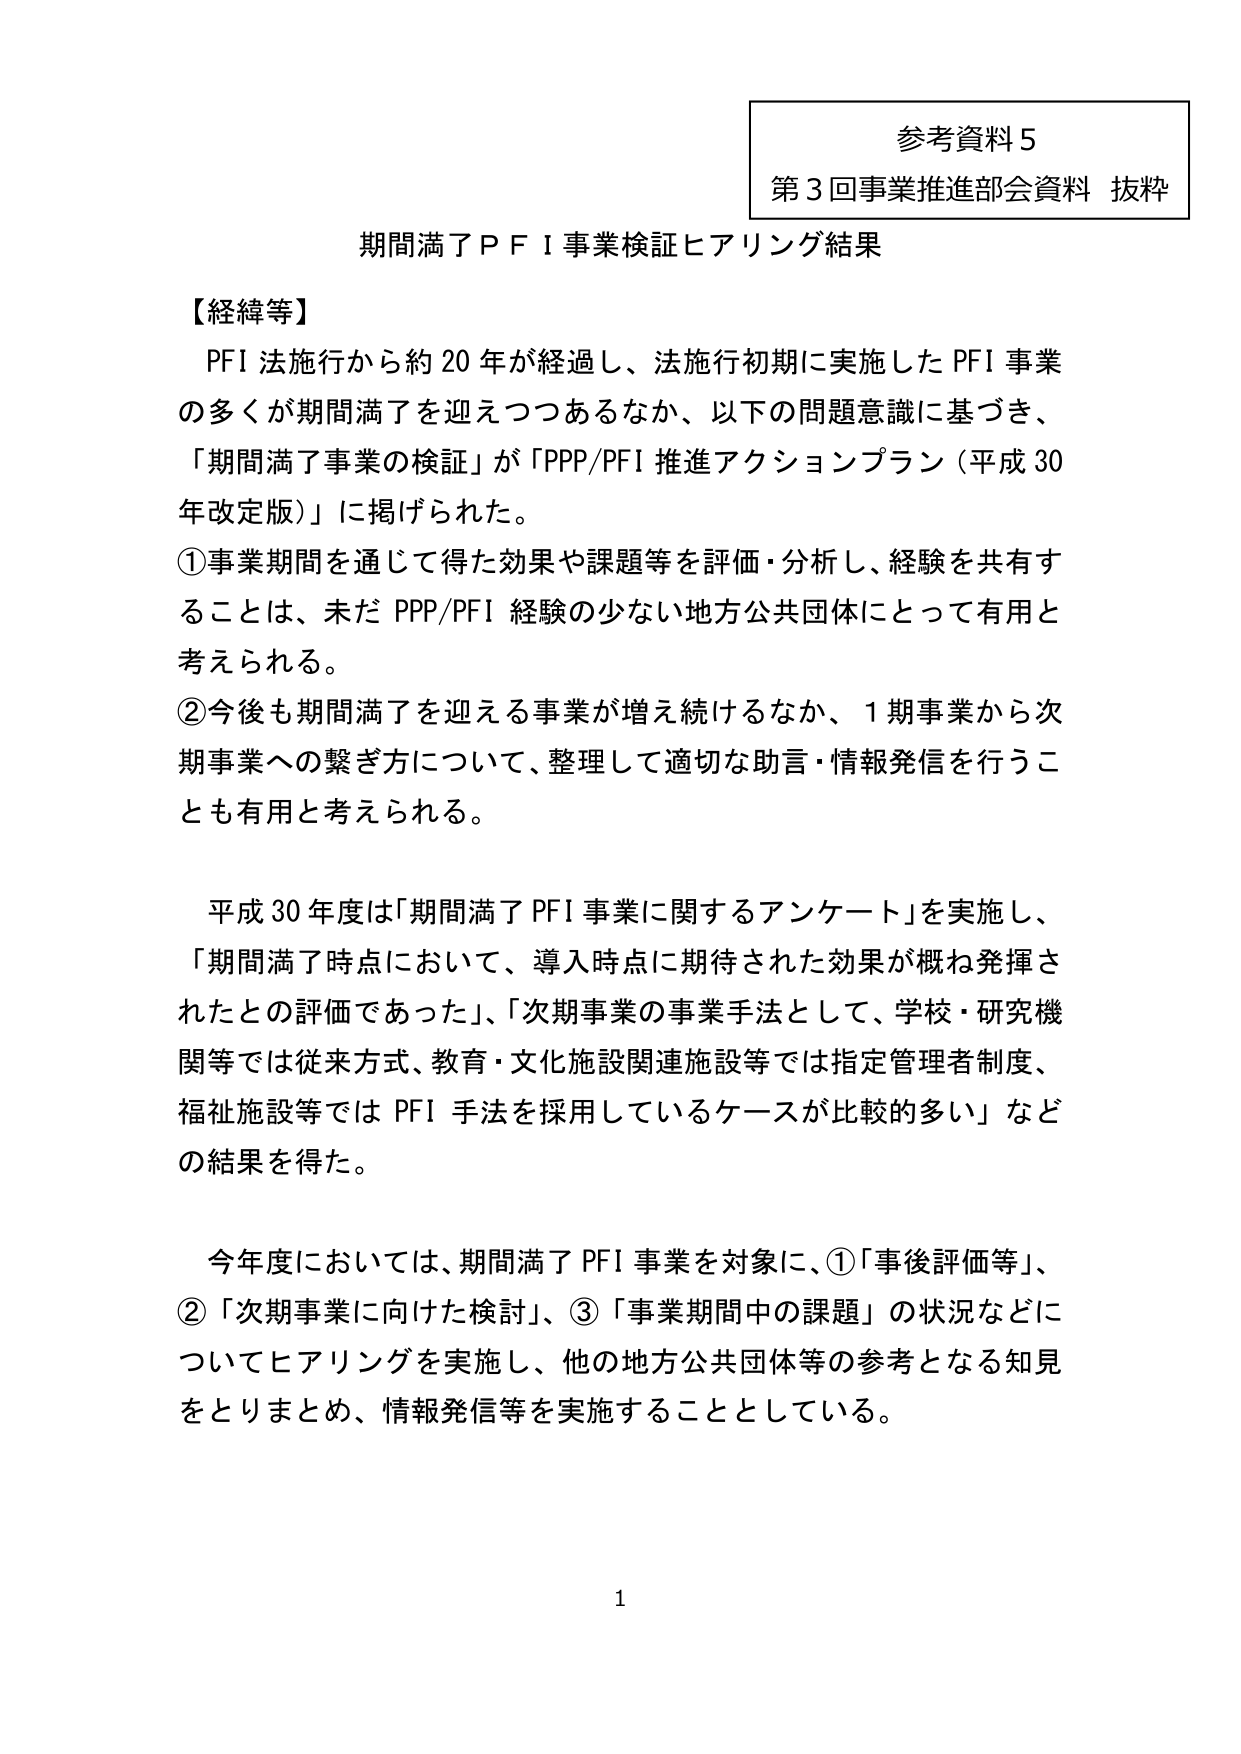
参考資料５
第３回事業推進部会資料 抜粋

期間満了ＰＦＩ事業検証ヒアリング結果

【経緯等】
ＰＦＩ法施行から約２０年が経過し、法施行初期に実施したＰＦＩ事業の多くが期間満了を迎えつつあるなか、以下の問題意識に基づき、「期間満了事業の検証」が「ＰＰＰ／ＰＦＩ推進アクションプラン（平成３０年改定版）」に掲げられた。
①事業期間を通じて得た効果や課題等を評価・分析し、経験を共有することは、未だＰＰＰ／ＰＦＩ経験の少ない地方公共団体にとって有用と考えられる。
②今後も期間満了を迎える事業が増え続けるなか、１期事業から次期事業への繋ぎ方について、整理して適切な助言・情報発信を行うことも有用と考えられる。

平成３０年度は「期間満了ＰＦＩ事業に関するアンケート」を実施し、「期間満了時点において、導入時点に期待された効果が概ね発揮されたとの評価であった」、「次期事業の事業手法として、学校・研究機関等では従来方式、教育・文化施設関連施設等では指定管理者制度、福祉施設等ではＰＦＩ手法を採用しているケースが比較的多い」などの結果を得た。

今年度においては、期間満了ＰＦＩ事業を対象に、①「事後評価等」、②「次期事業に向けた検討」、③「事業期間中の課題」の状況などについてヒアリングを実施し、他の地方公共団体等の参考となる知見をとりまとめ、情報発信等を実施することとしている。

1